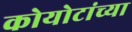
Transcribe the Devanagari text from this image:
कोयोटांच्या